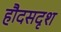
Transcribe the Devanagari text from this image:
हौदसदृश